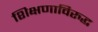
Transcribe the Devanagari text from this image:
शिक्षणाविरुद्ध